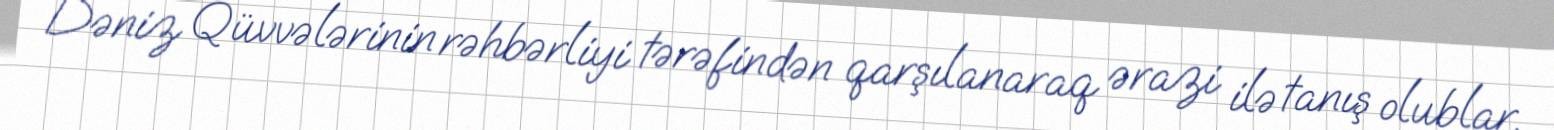
Dəniz Qüvvələrinin rəhbərliyi tərəfindən qarşılanaraq ərazi ilə tanış olublar.